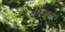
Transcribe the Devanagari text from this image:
पिअले